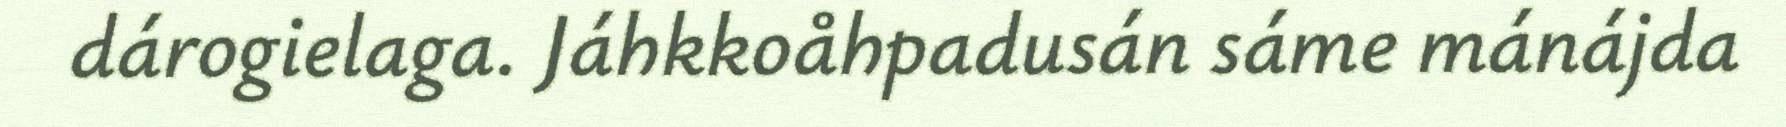
dárogielaga. Jáhkkoåhpadusán sáme mánájda